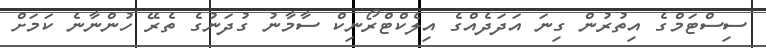
ސިސްޓަމްގެ އިތުރުން ގިނަ އަދަދެއްގެ އިލެކްޓްރޯނިކް ސާމާނު ގުދަނުގެ ތެރޭ ހުންނާނެ ކަމަށް